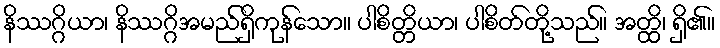
နိဿဂ္ဂိယာ၊ နိဿဂ္ဂိအမည်ရှိကုန်သော။ ပါစိတ္တိယာ၊ ပါစိတ်တို့သည်။ အတ္ထိ၊ ရှိ၏။